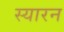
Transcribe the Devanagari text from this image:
स्यारन